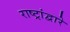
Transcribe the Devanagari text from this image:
राष्ट्रांद्वारे